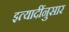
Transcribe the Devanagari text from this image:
इत्यादींनुसार